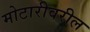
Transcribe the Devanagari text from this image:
मोटारीवरील